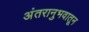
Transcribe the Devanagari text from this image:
अंतरानुभवातून